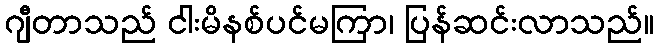
ဂျီတာသည် ငါးမိနစ်ပင်မကြာ၊ ပြန်ဆင်းလာသည်။